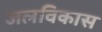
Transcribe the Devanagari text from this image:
जलविकास